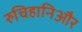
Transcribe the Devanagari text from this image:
रुचिहानिऔर